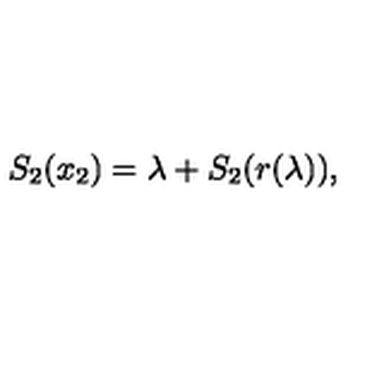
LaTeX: S _ { 2 } ( x _ { 2 } ) = \lambda + S _ { 2 } ( r ( \lambda ) ) ,